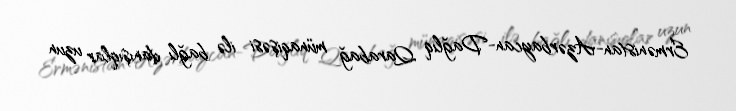
Ermənistan-Azərbaycan-Dağlıq Qarabağ münaqişəsi ilə bağlı danışıqlar uzun